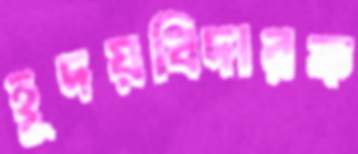
হূদয়বিদারক